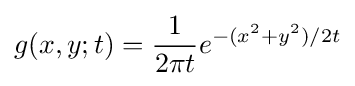
g(x,y;t)={\frac {1}{2\pi t}}e^{-(x^{2}+y^{2})/2t}